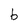
Character: b